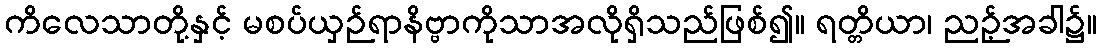
ကိလေသာတို့နှင့် မစပ်ယှဉ်ရာနိဗ္ဗာကိုသာအလိုရှိသည်ဖြစ်၍။ ရတ္တိယာ၊ ညဉ့်အခါ၌။